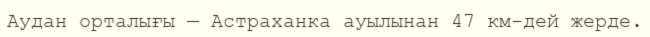
Аудан орталығы — Астраханка ауылынан 47 км-дей жерде.